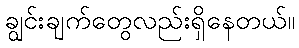
ချွင်းချက်တွေလည်းရှိနေတယ်။